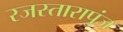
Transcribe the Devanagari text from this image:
रजस्तारापुंज